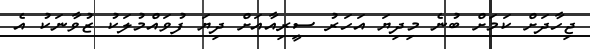
ޖިހާދަށް ކަމަށް ބުނެ މިދިޔަ އަހަރު ސީރިއާއަށް ދިޔަ ފުވައްމުލަކު ޒުވާނަކު އެ